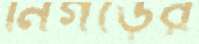
নিগড়ের